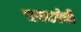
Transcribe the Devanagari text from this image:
चषकांची